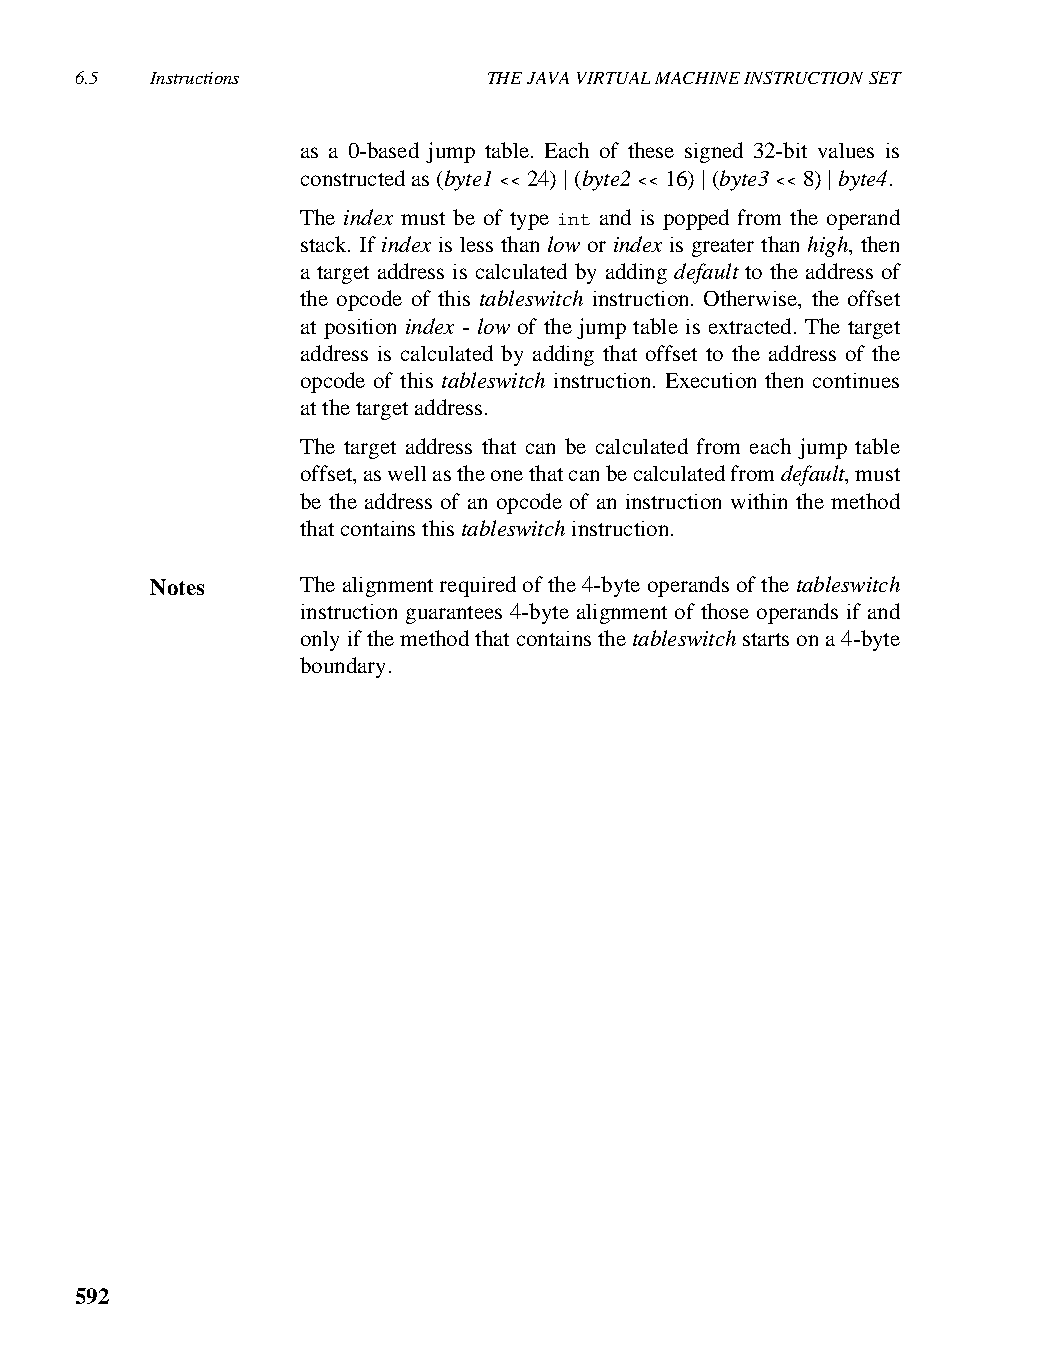
6.5  Instructions          THE JAVA VIRTUAL MACHINE INSTRUCTION SET
 as a 0-based jump table. Each of these signed 32-bit values is
 constructed as (byte1 << 24) | (byte2 << 16) | (byte3 << 8) | byte4.
 The index must be of type int and is popped from the operand
 stack. If index is less than low or index is greater than high, then
 a target address is calculated by adding default to the address of
 the opcode of this tableswitch instruction. Otherwise, the offset
 at position index - low of the jump table is extracted. The target
 address is calculated by adding that offset to the address of the
 opcode of this tableswitch instruction. Execution then continues
 at the target address.
 The target address that can be calculated from each jump table
 offset, as well as the one that can be calculated from default, must
 be the address of an opcode of an instruction within the method
 that contains this tableswitch instruction.
 Notes     The alignment required of the 4-byte operands of the tableswitch
 instruction guarantees 4-byte alignment of those operands if and
 only if the method that contains the tableswitch starts on a 4-byte
 boundary.
 592